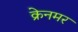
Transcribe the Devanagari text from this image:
क्रेनमर